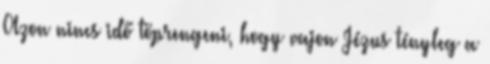
Azon nincs idő töprengeni, hogy vajon Jézus tényleg a